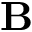
\mathbf { B }